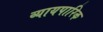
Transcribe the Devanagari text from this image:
व्यायपारिक